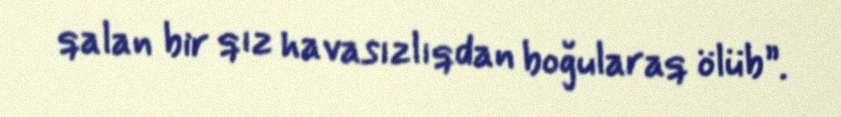
qalan bir qız havasızlıqdan boğularaq ölüb”.